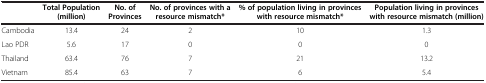
|  | Total Population (million) | No. of Provinces | No. of provinces with a resource mismatch* | % of population living in provinces with resource mismatch* | Population living in provinces with resource mismatch (million) |
 | --- | --- | --- | --- | --- | --- |
 | Cambodia | 13.4 | 24 | 2 | 10 | 1.3 |
 | Lao PDR | 5.6 | 17 | 0 | 0 | 0 |
 | Thailand | 63.4 | 76 | 7 | 21 | 13.2 |
 | Vietnam | 85.4 | 63 | 7 | 6 | 5.4 |